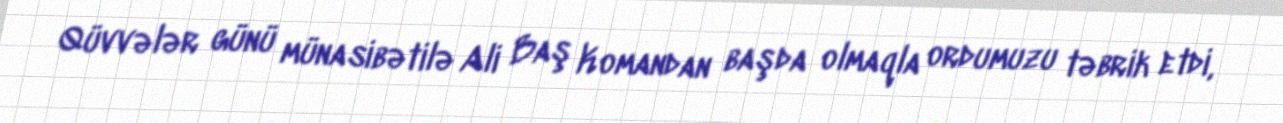
Qüvvələr günü münasibətilə Ali Baş Komandan başda olmaqla ordumuzu təbrik etdi,